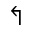
\Lsh